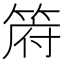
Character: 𮅟